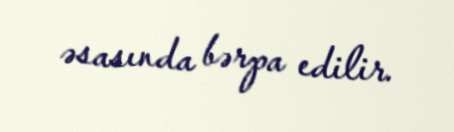
əsasında bərpa edilir.